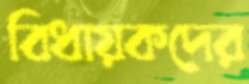
বিধায়কদের